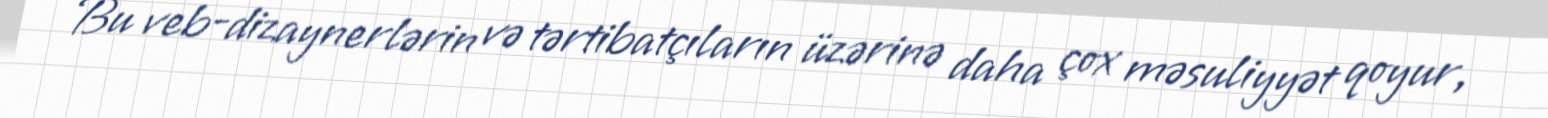
Bu veb-dizaynerlərin və tərtibatçıların üzərinə daha çox məsuliyyət qoyur,